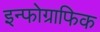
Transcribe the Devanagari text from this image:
इन्फोग्राफिक